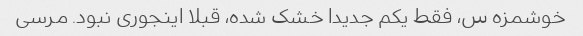
خوشمزه س، فقط یکم جدیدا خشک شده، قبلا اینجوری نبود. مرسی